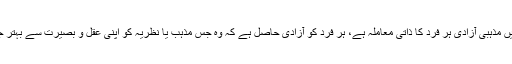
اس کے علاوہ لبرل ازم میں مذہبی آزادی ہر فرد کا ذاتی معاملہ ہے، ہر فرد کو آزادی حاصل ہے کہ وہ جس مذہب یا نظریہ کو اپنی عقل و بصیرت سے بہتر جانے، اس پر عمل کرے ۔